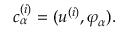
\begin{array} { r } { c _ { \alpha } ^ { ( i ) } = ( u ^ { ( i ) } , \varphi _ { \alpha } ) . } \end{array}